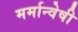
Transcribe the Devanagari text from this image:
मर्मान्‍वेषी